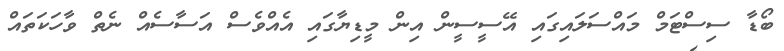
ބޯޑާ ސިސްޓަމް މައްސަލައިގައި އޭސީސީން އިން މީޑިޔާގައި އެއްވެސް އަސާސެއް ނެތް ވާހަކަތައް